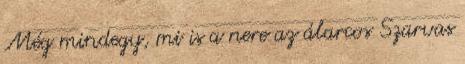
Még mindegy, mi is a nere az álarcos Szarvas